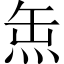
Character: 缹